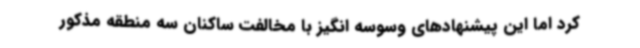
کرد اما این پیشنهادهای وسوسه‌ انگیز با مخالفت ساکنان سه منطقه مذکور